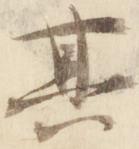
其